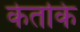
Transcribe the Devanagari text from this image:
केतकि